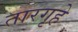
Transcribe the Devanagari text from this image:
तारगृहे